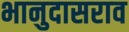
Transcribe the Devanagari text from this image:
भानुदासराव